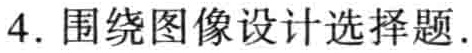
4. 围绕图像设计选择题.